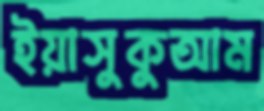
ইয়াসুকুআম